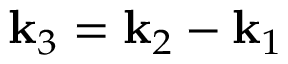
{ \bf k } _ { 3 } = { \bf k } _ { 2 } - { \bf k } _ { 1 }